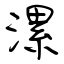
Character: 漯